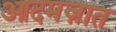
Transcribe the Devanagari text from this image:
आदमज़ात